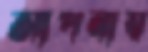
আপনায়